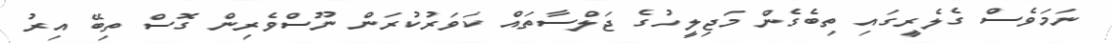
ނަމަވެސް ގެލެރީގައި ތިބެގެން މަޖިލީހުގެ ޖަލްސާތައް ކަވަރުކުރަން ނޫސްވެރިން ގޮސް ތިބޭ އިރު